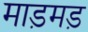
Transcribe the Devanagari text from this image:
माड़मड़